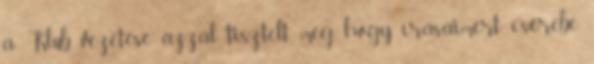
a Klub vezetése azzal tisztelt meg, hogy írásaimért cserébe